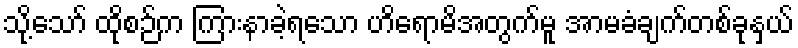
သို့သော် ထိုစဉ်က ကြားနာခဲ့ရသော ဟိရောမိအတွက်မူ အာမခံချက်တစ်ခုနှယ်